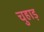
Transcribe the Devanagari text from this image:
चुहाड़